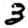
Digit: 3